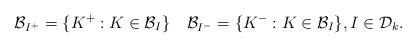
LaTeX: \begin{align*} \mathcal{B}_{I^+} = \{ K^+ : K\in\mathcal{B}_I\} \quad \mathcal{B}_{I^-} = \{ K^- : K\in\mathcal{B}_I\}, I\in\mathcal{D}_k. \end{align*}